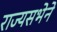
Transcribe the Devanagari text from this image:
राज्यसभेने